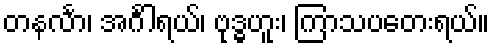
တနင်္လာ၊ အင်္ဂါရယ်၊ ဗုဒ္ဓဟူး၊ ကြာသပတေးရယ်။